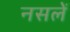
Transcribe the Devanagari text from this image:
नसलें